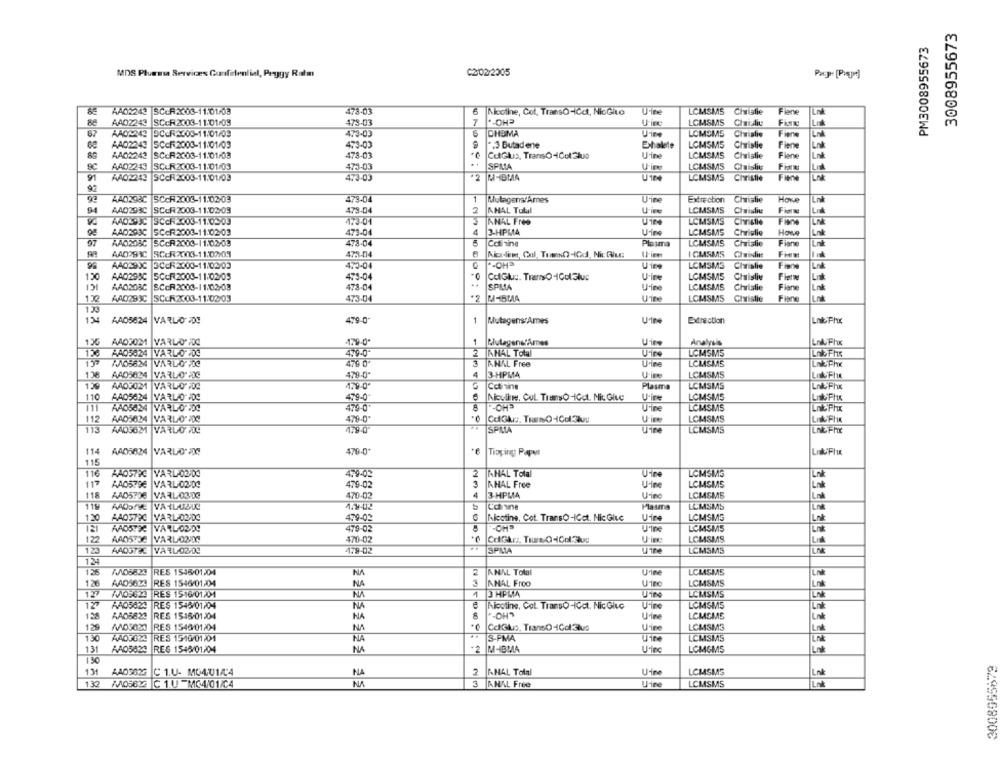
3008955673
PM3008955673
MDS Pluessa Services Confidential, Peggy Ratm
C2/02/2005
AA02243 SCCR2003-11:01/03
478-03
6
Nicotine, Cot. TransO-icct, NicGito
CHO".
Ufine
LCMSMS Civislie
Fiene
88
AA02243 SC-R2003-11:01-05
7
LCMSMS
Chrislie
478
LM
AAD2243
73-03
CHOMA
Uine
LOMSMS
Christie
Fiene
AA02243
5CcF2003-11:01/03
.3 Butad ene
Exhalete
LCMSM5
Chrislie
Flere
473-03
Lot
AA02243
SCCR2003-11:01/03
478-03
CetGlus, TransO4CelSlus
U-ine
LCMSMS
Christie
Fiane
SC
AA02243 SCUR2003-11:01/03
..
SPMA
Uim
LCMSMS
Chrislie
Finn
473-03
91
AA02243 SCCR2003-11:01/03
473-03
RI-IBMA
U104
LCMSMS
Christie
Fine
92
92
AAD293C SCcR2003-11:02-03
479-04
1
Mutagens/Ames
U'ine
Extraction
Hove
Lnk
Christie
94
AAD293C SCUR 2003-11:02-05
478-04
AHAL Tutul
LCMSMS
Chwisive
Lidt
AADSOUCI SCOR2003-11:0303
473-01
LCMSMS
ANAL Free
Christie
AAD293C SCR2003-11:02/03
473-04
A
3-HPM4
LOMSMS
Chrislie
Howe
Link
97
AAO203C SCCR 2003-11:02-03
473-04
Cotinine
Plasma
LCMSMS
Christie
Finne
AAD293C SCER2003-11:02/09
473-04
ICMSMS
Clwinding
Fimw
AAO290C 3CCR2000-11/02/03
473-04
*- OH
Uine
LCMSM3
Christie
Fiene
1℃
AAD293C
ICI
SCOR2000-11/02/05
473-04
ColGlus. TramsOICol3luc
U'ine
LCMSM5
Ciaisliv
Flerw
Lnk
AAD203C
SCCR2003-11/02/08
478-04
SPMA
Urine
LCMSMS
Christie
Flane
Lnk
130
AAD293C SCCR2003-11:02/03
473-04
M-BMA
UTne
LCMSMS
Christie
Fiene
Los
133
134
AA05824
VARLIO DE
479-0
-
Mutagens Ames
Extraction
Lnb Fhux
135 AADSOM VARLO /DC
179
1
Mutagens'Âmes
Uine
Analysis
Lnk Fhx
AA05824 |VARL-ODC
479-0
AMAL Total
LCMSMS
Lnl Fhs
7005624 VARILOTIĆ
479 0
KNAL Free
Uine
LCHASMS
Lni Phx
13
AAD5024 VARLO FDC
479-0*
4
3-HPMA
U'ine
LCMSMS
AAD3021 VARLO FDC
Plasma
LCMSMS
Lnk Fhx
10
LOMSMS
AA05624 |VARLIO PDC
79-0-
Mouline, Cul. Trumso-IGet, Mic Give
U·ine
111
AA05624 VARL'O FDC
479-
LCMSMS
112
AAD5624 VARLO" DC
479-0*
LCMSMS
113
AAD5621 VARLO AC
4:9-0-
SPMA
LCMSMS
LAEFhx
114
AA05624 VARLOW
470-0
Tipping Paper
115
116
AAD579C VARL-02:DO
479-02
2
KHAL Total
LCMSMS
117
AA0579€
VARL 0200
479-02
AHAL Free
U'ine
LCMSMS
LA
118
AAD57DE VARL 0300
470-02
4
3-HPMA
U'ino
LCMSMS
La
119
479-012
Plasma
LEMSMS
Lnt
1.20
AAD579C |VARL-02-DO
479-02
Nicotine, Cot. TransO-ICet. Nic Give
LCMSMS
121
AADSTOC VARLORIDE
479-02
U'ine
LCMSM5
122
AADSTDE VARL 0200
470-02
LCMSMS
Lid
479-02
SPMIA
LCMSMS
LNG
124
A005820
RES 1545/01.04
2
ANAL Total
Urine
LCMSMS
NA
Lnk
1.26
AAD5620
RES 1546/01/04
NA
ANAL Froo
LCMSMS
Lok
127
ANO 623 RES 1516/01/01
NA
1
3 HPMA
U104
LCMSMS
12
AA05829
RES 1545/01/04
NA
Nicotine, Cot. Transo-IGet. Nic Gluc
U'ine
LCMSMS
128
AA05820
RES 1548/01:04
- - OHS
Udine
LCMSMS
Link
Lol
129
RES 1546/01/04
NA
CdGlus, TransO-10cl3lus
Urine
LCMSM3
130
AAD3022
RES 1516/01:01
S-PMA
Uine
LCMSMS
131
AA05824
NA
+2
M-IBMA
RES 1545/01/04
U'inc
LGM&MS
130
131
AAD3027
C 1.U. M04/01/4
KHAL Total
Uine
LCMSMS
132 05624 C 1.U -MC4/01/C4
3
KHAL Free
U'ine
LCMSMS
62.99568006